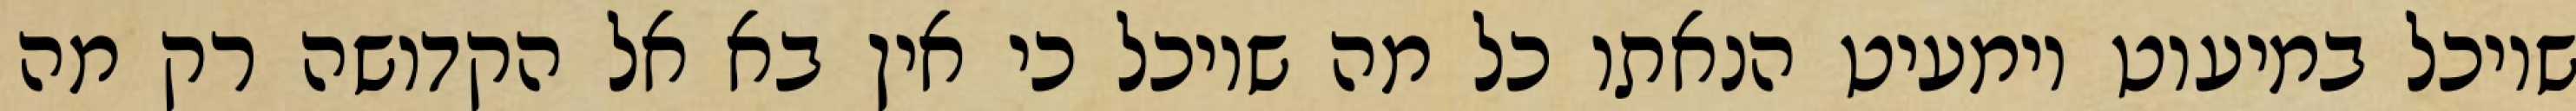
שיוכל במיעוט וימעיט הנאתו כל מה שיוכל כי אין בא אל הקדושה רק מה